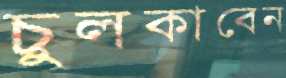
চুলকাবেন